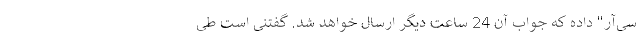
سی‌آر" داده که جواب آن 24 ساعت دیگر ارسال خواهد شد. گفتنی است طی